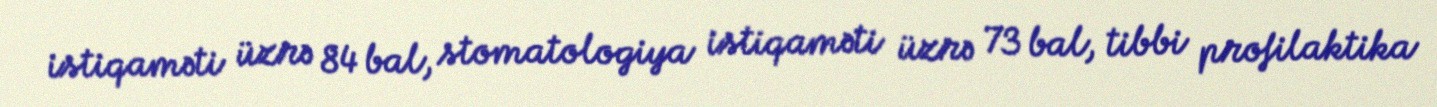
istiqaməti üzrə 84 bal, stomatologiya istiqaməti üzrə 73 bal, tibbi profilaktika